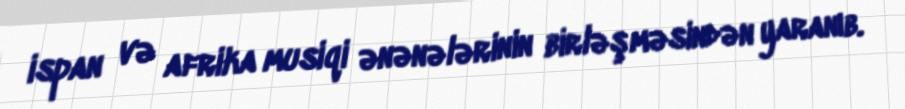
ispan və afrika musiqi ənənələrinin birləşməsindən yaranıb.